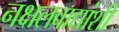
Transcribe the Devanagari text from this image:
नक्षलवाद्यांशी